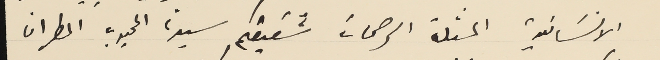
الانسَانية المثلث الرحمات شقيقكم سيدنا المحبوب المطران